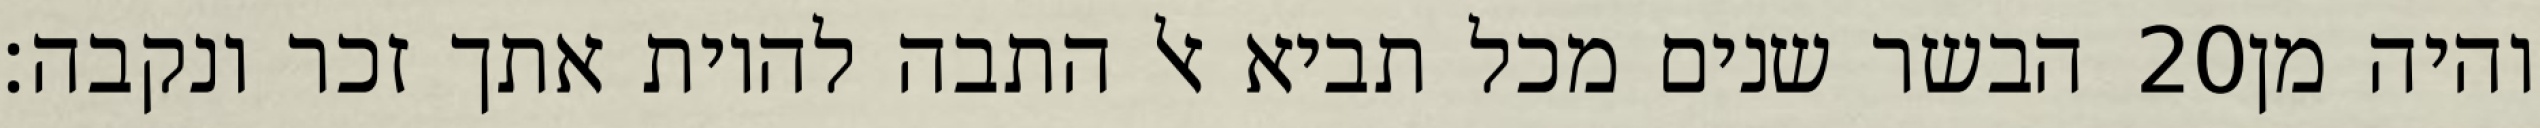
הבשר שנים מכל תביא אל התבה להיות אתך זכר ונקבה׃ ‎20‏ והיה מן